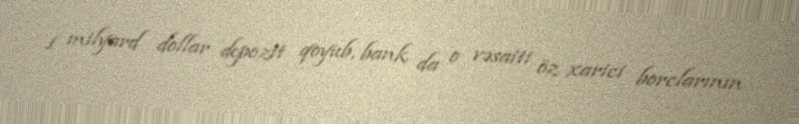
1 milyard dollar depozit qoyub, bank da o vəsaiti öz xarici borclarının